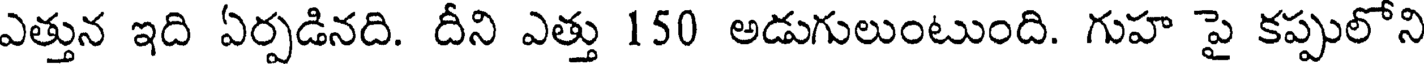
ఎత్తున ఇది ఏర్పడినది. దీని ఎత్తు 150 అడుగులుంటుంది. గుహ పై కప్పులోని